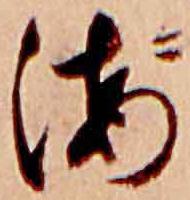
海